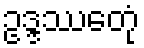
ဥဒ္ဒဿေတုံ